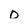
Character: O